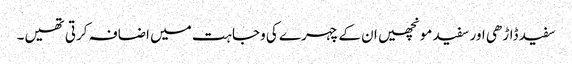
سفید ڈاڑھی اور سفید مونچھیں ان کے چہرے کی وجاہت میں اضافہ کرتی تھیں۔